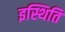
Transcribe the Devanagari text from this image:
इस्थिति